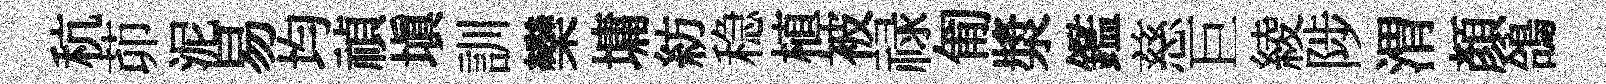
秔茆泥易均禎填訓欒墉紡稳植被禄匍漿鑑慈巨綾陟渭顔鴿